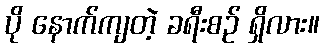
ပို နောက်ကျတဲ့ ခရီးစဉ် ရှိလား။